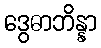
ဒွေဓာဘိန္နာ